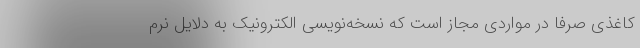
کاغذی صرفاً در مواردی مجاز است که نسخه‌نویسی الکترونیک به دلایل نرم